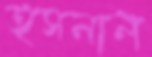
হুসনাল